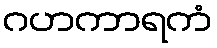
ဂဟကာရကံ